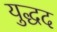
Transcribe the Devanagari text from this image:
युद्धद